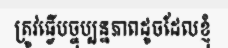
ត្រូវធ្វើបច្ចុប្បន្នភាពដូចដែលខ្ញុំ